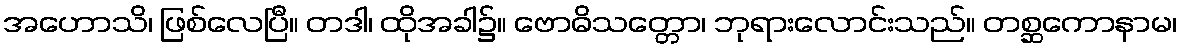
အဟောသိ၊ ဖြစ်လေပြီ။ တဒါ၊ ထိုအခါ၌။ ဗောဓိသတ္တော၊ ဘုရားလောင်းသည်။ တစ္ဆကောနာမ၊